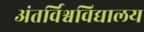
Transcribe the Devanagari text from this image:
अंतर्विश्वविद्यालय